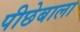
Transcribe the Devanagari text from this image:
पीछेबाला